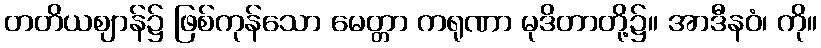
တတိယဈာန်၌ ဖြစ်ကုန်သော မေတ္တာ ကရုဏာ မုဒိတာတို့၌။ အာဒီနဝံ၊ ကို။